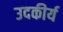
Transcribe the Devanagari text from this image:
उदकीर्य